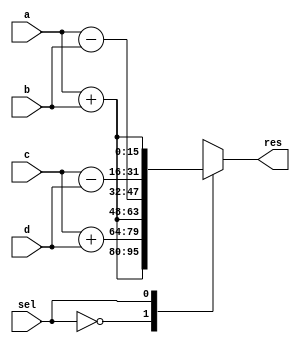
module opt_share_test(
  input [15:0]      a,
  input [15:0]      b,
  input [15:0]      c,
  input [15:0]      d,
  input             sel,
  output reg [47:0] res
  );

  wire [15:0]       add_res = a+b;
  wire [15:0]       sub_res = a-b;
  wire [31: 0]      cat1 = {add_res, c+d};
  wire [31: 0]      cat2 = {sub_res, c-d};

  always @* begin
    case(sel)
      0: res = {cat1, add_res};
      1: res = {cat2, add_res};
    endcase
  end

endmodule